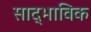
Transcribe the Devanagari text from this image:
साद्भाविक